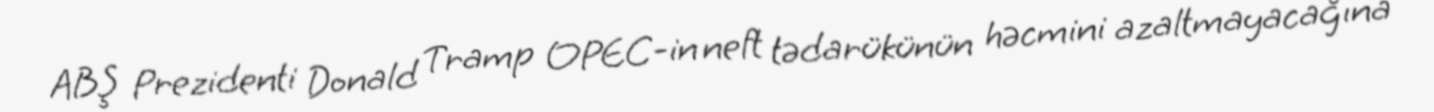
ABŞ Prezidenti Donald Tramp OPEC-in neft tədarükünün həcmini azaltmayacağına